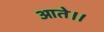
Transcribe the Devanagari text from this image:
आते।।